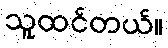
သူထင်တယ်။